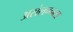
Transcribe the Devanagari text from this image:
असंलग्नता